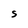
Character: S